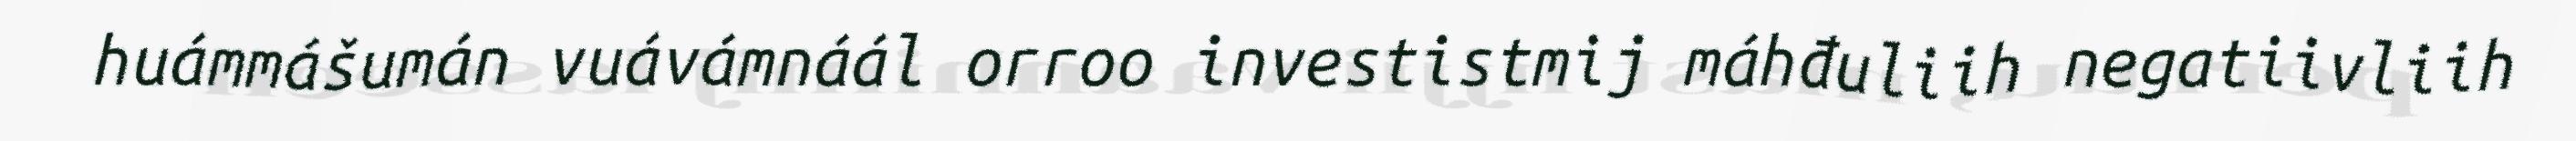
huámmášumán vuávámnáál orroo investistmij máhđuliih negatiivliih